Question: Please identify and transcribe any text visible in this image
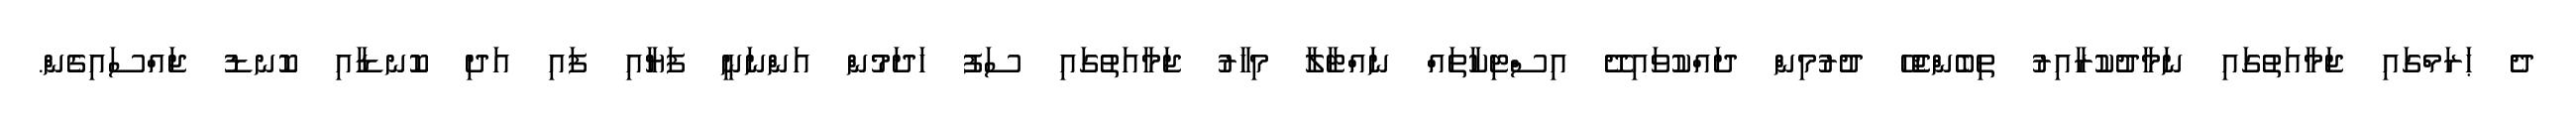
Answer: ދެ ޙަރަމްގައި ޖަމާއަތުގައި ނަމާދުކުރާއިރު ތިބެންޖެހޭ ދުރުމިން ދައްކުވައިދޭ އިސްޓިކާތައް ނައްޓާލާ މިހާރު ޖަމާއަތުގައި ސަފު ހަދަމުން އަންނަނީ ފަޔާއި ފައި އަދި ކޮނޑާއި ކޮނޑު ޖައްސައިގެން.